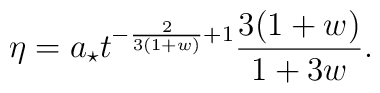
\eta=a_{\star} t^{-\frac{2}{3(1+w)}+1} \frac{3(1+w)}{1+3w}.